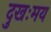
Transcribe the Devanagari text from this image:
दुखःमय